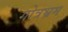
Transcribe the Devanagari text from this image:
गोत्रभ्रम